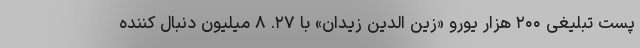
پست تبلیغی ۲۰۰ هزار یورو «زین الدین زیدان» با ۲۷. ۸ میلیون دنبال کننده